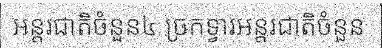
អន្តរជាតិចំនួន៤ ច្រកទ្វារអន្តរជាតិចំនួន